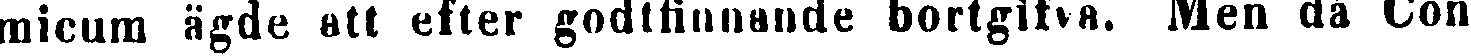
micum ägde att efter godtfinnande bortgifva. Men då Con